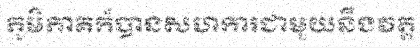
ភូមិភាគក៏បានសហការជាមួយនឹងវត្ត